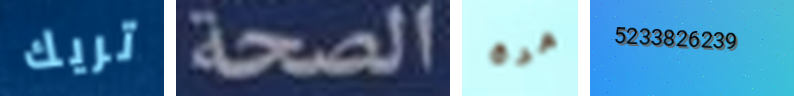
تريك الصحة مرة 5233826239